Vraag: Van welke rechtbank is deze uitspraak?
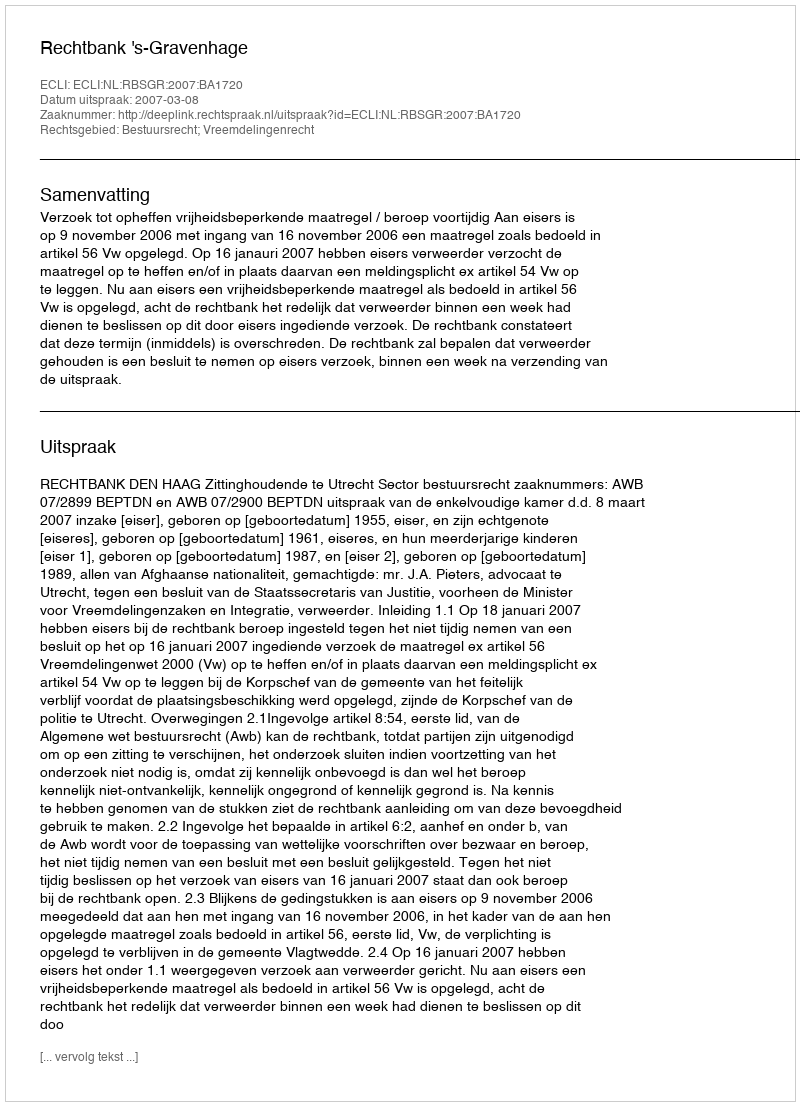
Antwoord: Rechtbank 's-Gravenhage